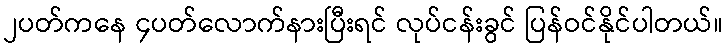
၂ပတ်ကနေ ၄ပတ်လောက်နားပြီးရင် လုပ်ငန်းခွင် ပြန်ဝင်နိုင်ပါတယ်။